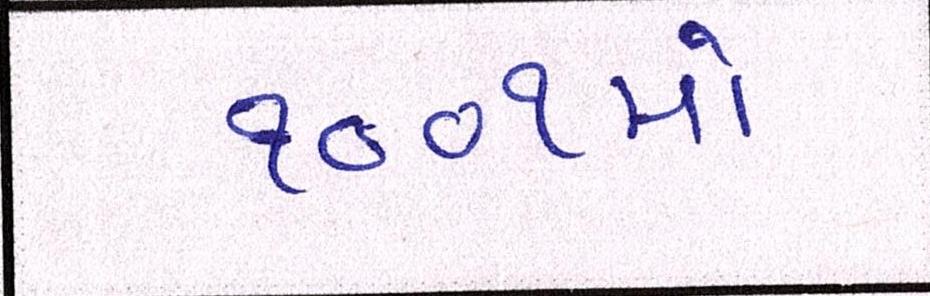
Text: ૧૦૦૧મો